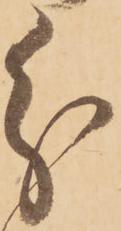
分